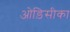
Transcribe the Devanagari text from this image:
ओड़िसीका